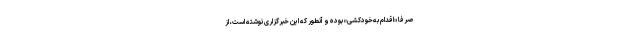
صرفا «اقدام به‌خودکشی» بوده و آنطور که این خبرگزاری نوشته است، از